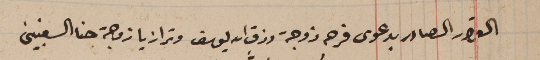
القرار الصادر بدعوى فرحه زوجة رزق الله يوسف وترازيا زوجة حنا السغبينى